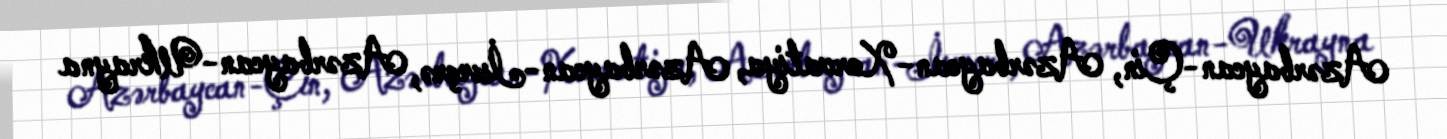
Azərbaycan-Çin, Azərbaycan-Xorvatiya, Azərbaycan-İsveçrə, Azərbaycan-Ukrayna